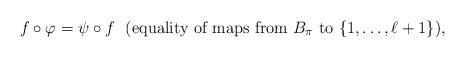
LaTeX: \begin{align*} f \circ \varphi = \psi \circ f\ \mbox{ (equality of maps from $B_{\pi}$ to $\{1, \ldots , \ell +1 \}$),}\end{align*}